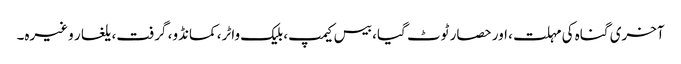
آخری گناہ کی مہلت، اور حصار ٹوٹ گیا، بیس کیمپ، بلیک واٹر، کمانڈو، گرفت، یلغار وغیرہ۔